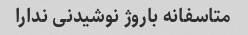
متاسفانه باروژ نوشیدنی ندارا